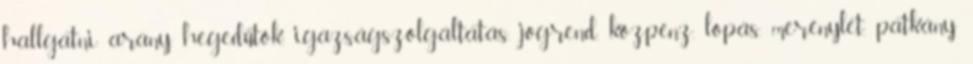
hallgatni arany, hegedűtok, igazságszolgáltatás, jogrend, közpénz, lopás, merénylet, patkány